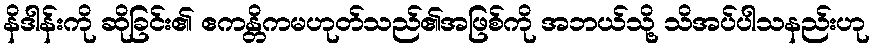
နိဒါန်းကို ဆိုခြင်း၏ ဧကန္တိကမဟုတ်သည်၏အဖြစ်ကို အဘယ်သို့ သိအပ်ပါသနည်းဟု